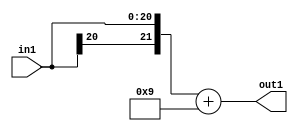
`timescale 1ps / 1ps
/*****************************************************************************
    Verilog RTL Description
    
    
    Created by: Stratus DpOpt 2019.1.01 
*******************************************************************************/

module cache_Add2i9s21_4_0 (
	in1,
	out1
	); /* architecture "behavioural" */ 
input [20:0] in1;
output [21:0] out1;
wire [21:0] asc001;

assign asc001 = 
	+({in1[20], in1})
	+(22'B0000000000000000001001);

assign out1 = asc001;
endmodule

/* CADENCE  ubDxTAw= : u9/ySgnWtBlWxVPRXgAZ4Og= ** DO NOT EDIT THIS LINE ******/